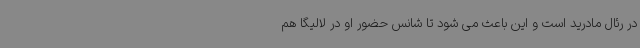
در رئال مادرید است و این باعث می شود تا شانس حضور او در لالیگا هم